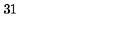
3 1